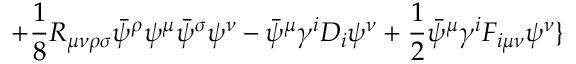
+ \frac { 1 } { 8 } R _ { \mu \nu \rho \sigma } \bar { \psi } ^ { \rho } \psi ^ { \mu } \bar { \psi } ^ { \sigma } \psi ^ { \nu } - \bar { \psi } ^ { \mu } \gamma ^ { i } D _ { i } \psi ^ { \nu } + \frac { 1 } { 2 } \bar { \psi } ^ { \mu } \gamma ^ { i } F _ { i \mu \nu } \psi ^ { \nu } \}